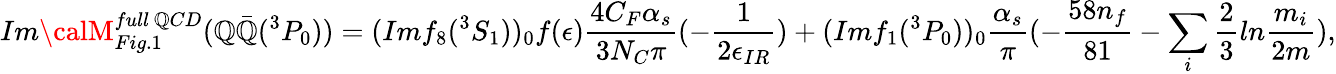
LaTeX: Im{\calM}_{Fig.1}^{full~\mathbb{Q}CD}(\mathbb{Q}\bar{{\mathbb{Q}}}(^{3}P_{0}))=(Imf_{8}(^{3}S_{1}))_{0}f(\epsilon)\frac{{4C_{F}\alpha_{s}}}{{3N_{C}\pi}}(-\frac{{1}}{{2\epsilon_{IR}}})+(Imf_{1}(^{3}P_{0}))_{0}\frac{{\alpha_{s}}}{{\pi}}(-\frac{{58n_{f}}}{{81}}-\sum_{i}\frac{{2}}{{3}}ln\frac{{m_{i}}}{{2m}}),